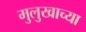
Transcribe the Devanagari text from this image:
मुलुखाच्या